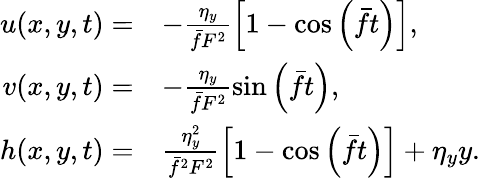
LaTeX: \begin{array}{rl}{u(x,y,t)=}&{-\frac{\eta_{y}}{\bar{f}F^{2}}\left[1-\cos\left(\bar{f}t\right)\right],}\\ {v(x,y,t)=}&{-\frac{\eta_{y}}{\bar{f}F^{2}}\sin\left(\bar{f}t\right),}\\ {h(x,y,t)=}&{\frac{\eta_{y}^{2}}{\bar{f}^{2}F^{2}}\left[1-\cos\left(\bar{f}t\right)\right]+\eta_{y}y.}\end{array}